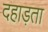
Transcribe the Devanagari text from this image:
दहाड़ता